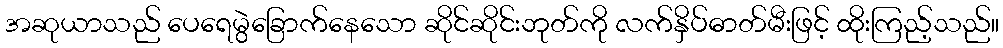
အဆုယာသည် ပေရေမွဲခြောက်နေသော ဆိုင်ဆိုင်းဘုတ်ကို လက်နှိပ်ဓာတ်မီးဖြင့် ထိုးကြည့်သည်။